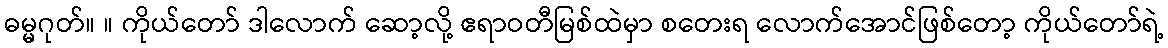
ဓမ္မဂုတ်။ ။ ကိုယ်တော် ဒါလောက် ဆော့လို့ ဧရာဝတီမြစ်ထဲမှာ စတေးရ လောက်အောင်ဖြစ်တော့ ကိုယ်တော်ရဲ့